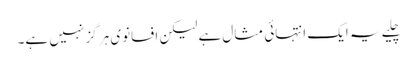
چلیے یہ ایک انتہائی مثال ہے لیکن افسانوی ہر گز نہیں ہے۔